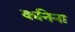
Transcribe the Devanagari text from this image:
कनिना